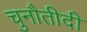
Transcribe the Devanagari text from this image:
चुनौतीदी